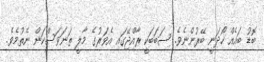
ބޮޑު ބައެއް ހޯދަނީ ބޭރުންނެވެ. ސަބަބަކީ ރާއްޖޭގައި އެވަރުގެ މާލީ ތަނަވަސްކަން ނެތުމެވެ.